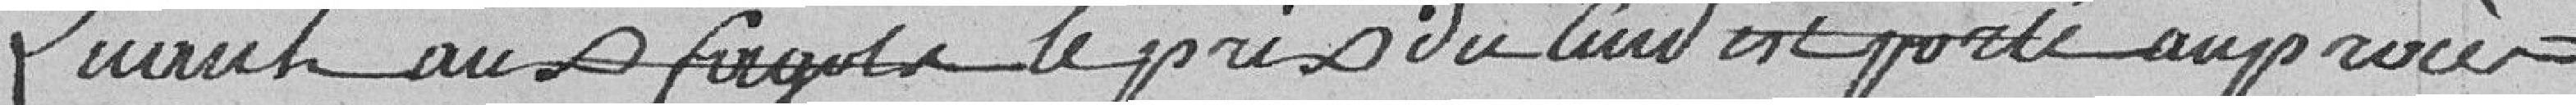
Quant aux fagots, le prix du cent est porté au procès-